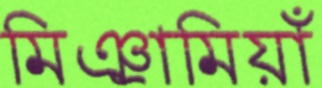
মিঞ্রামিয়াঁ